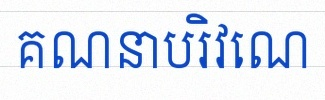
គណនាបរិវេណ